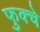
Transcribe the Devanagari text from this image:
फुक्चे